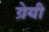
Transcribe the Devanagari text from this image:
ग्रेयी